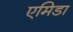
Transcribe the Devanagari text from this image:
एमिडा